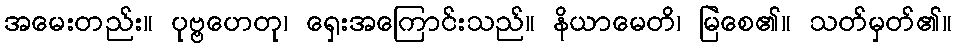
အမေးတည်း။ ပုဗ္ဗဟေတု၊ ရှေးအကြောင်းသည်။ နိယာမေတိ၊ မြဲစေ၏။ သတ်မှတ်၏။